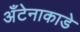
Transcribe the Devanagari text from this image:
अँटेनाकाडे